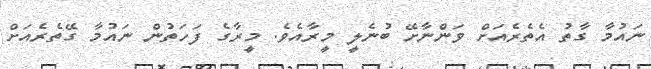
ނައުމާ ގާތު އެތެރެއަށް ވަންނާށޭ ބުނެލީ މީރާއެވެ. މީރާގެ ފަހަތުން ނައުމާ ގޭތެރެއަށް